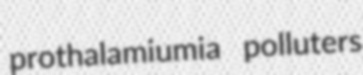
prothalamiumia polluters